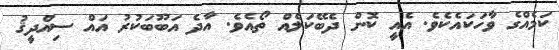
ކަމެއްގެ ވާހަކައެކެވެ. އެއީ ކޮން ދެބޭކަލެއް ތޯއެވެ. އާދެ އަބޫބަކުރު އައް ސިއްދީޤު